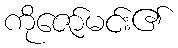
ကိုဇော်မင်း၏